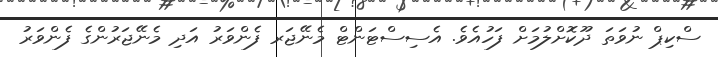
ސްކިޕް ނުވަތަ ދޫކޮށްލުމަށް ފަހުއެވެ. އެސިސްޓަންޓް މެނޭޖަރ ފެންވަރު އަދި މެނޭޖަރުންގެ ފެންވަރު